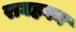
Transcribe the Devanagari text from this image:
राघहवन